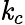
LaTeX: \mathit{k}_{c}